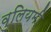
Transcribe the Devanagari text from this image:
वुलियमी